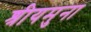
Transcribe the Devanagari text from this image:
श्रीयमुना